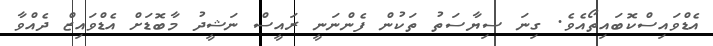
އެޑްވައިސްކޮބައިތޯއެވެ. ގިނަ ސިޔާސަތު ތަކުން ފެންނަނީ ރައީސް ނަޝީދު މާބޮޑަށް އެޑްވައިޒް ދެއްވާ